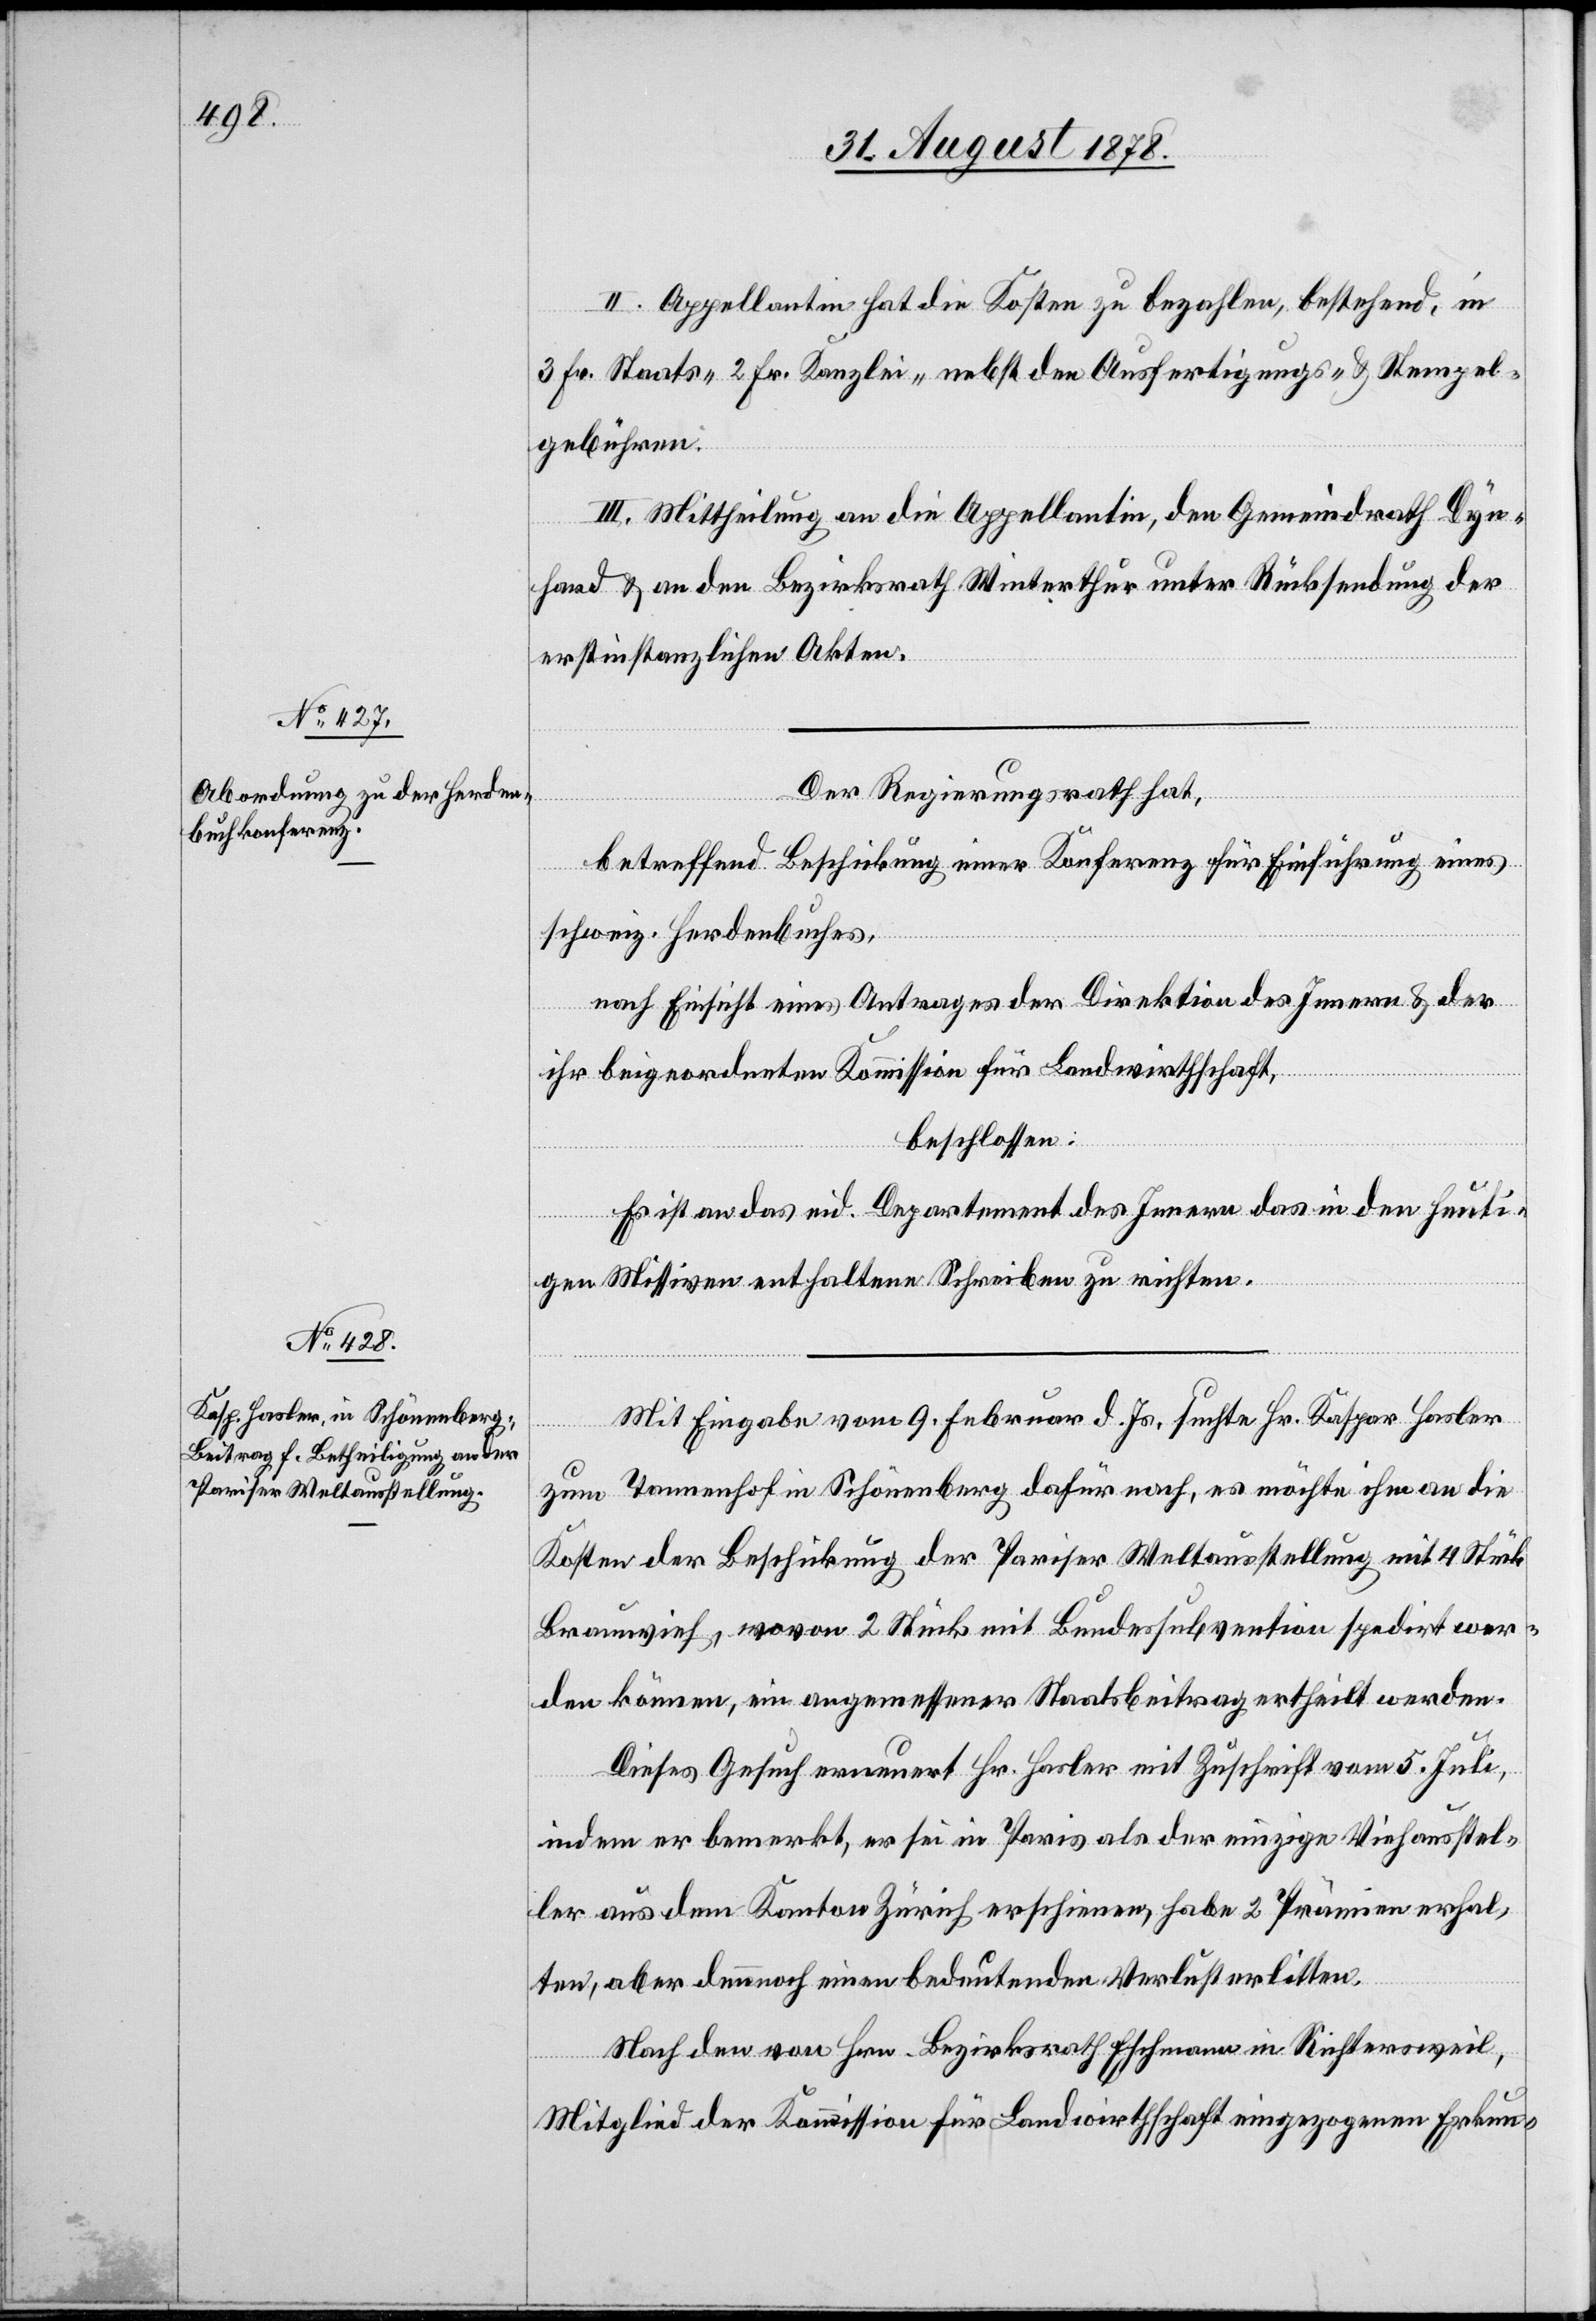
II. Appellantin hat die Kosten zu bezahlen, bestehend, in
3 Fr. Staats-[,] 2 Fr. Kanzlei- nebst den Ausfertigungs- & Stempel¬
gebühren.
III. Mittheilung an die Appellantin, den Gemeindrath Dyn¬
hard & an den Bezirksrath Winterthur unter Rücksendung der
erstinstanzlichen Akten.
Der Regierungsrath hat,
betreffend Beschickung einer Konferenz für Einführung eines
schweiz. Herdenbuches,
nach Einsicht eines Antrages der Direktion des Innern & der
ihr beigeordneten Kommission für Landwirthschaft,
beschlossen:
Es ist an das eid. Departement des Innern das in den heuti¬
gen Missiven enthaltene Schreiben zu richten.
Mit Eingabe vom 9. Februar d. Js. suchte Hr. Kaspar Hasler
zum Tannenhof in Schönenberg dafür nach, es möchte ihm an die
Kosten der Beschickung der Pariser Weltausstellung mit 4 Stück
Braunvieh, wovon 2 Stück mit Bundessubvention spedirt wer¬
den können, ein angemessener Staatsbeitrag ertheilt werden.
Dieses Gesuch erneuert Hr. Hasler mit Zuschrift vom 5. Juli,
indem er bemerkt, er sei in Paris als der einzige Viehausstel¬
ler aus dem Kanton Zürich erschienen, habe 2 Prämien erhal¬
ten, aber dennoch einen bedeutenden Verlust erlitten.
Nach den von Hrn. Bezirksrath Eschmann in Richtersweil,
Mitglied der Kommission für Landwirthschaft eingezogenen Erkun-